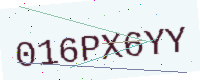
Text: 016PX6YY